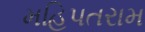
મહિપતરામ